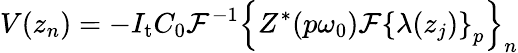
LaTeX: V(z_{n})=-I_{\mathrm{t}}C_{0}\mathcal{F}^{-1}\left\{ Z^{\ast}(p\omega_{0})\mathcal{F}\left\{ \lambda(z_{j})\right\} _{p}\right\} _{n}